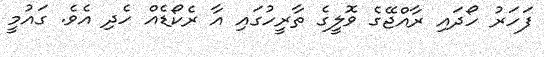
ފަހަރު ހޯދައި ރާއްޖޭގެ ވޮލީގެ ތާރީހުގައި އާ ރެކޯޑެއް ހެދި އެވެ. ގައުމީ